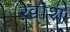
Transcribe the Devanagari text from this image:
ख़ाश